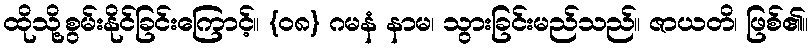
ထိုသို့စွမ်းနိုင်ခြင်းကြောင့်။ {၀၈} ဂမနံ နာမ၊ သွားခြင်းမည်သည်။ ဇာယတိ၊ ဖြစ်၏။